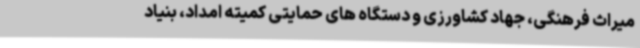
میراث فرهنگی، جهاد کشاورزی و دستگاه های حمایتی کمیته امداد، بنیاد